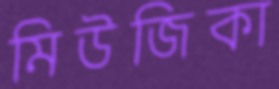
মিউজিকা